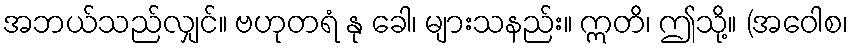
အဘယ်သည်လျှင်။ ဗဟုတရံ နု ခေါ၊ များသနည်း။ ဣတိ၊ ဤသို့။ (အဝေါစ၊